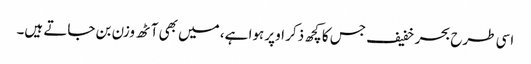
اسی طرح بحر خفیف جس کا کچھ ذکر اوپر ہوا ہے، میں بھی آٹھ وزن بن جاتے ہیں۔